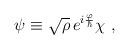
LaTeX: \begin{align*}\psi \equiv \sqrt{\rho }\,e^{i\frac \varphi \hbar }\chi \ ,\end{align*}